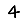
Digit: 4